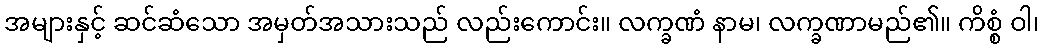
အများနှင့် ဆင်ဆံသော အမှတ်အသားသည် လည်းကောင်း။ လက္ခဏံ နာမ၊ လက္ခဏာမည်၏။ ကိစ္စံ ဝါ၊